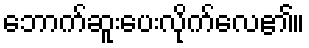
ဘောက်ဆူးပေးလိုက်လေ၏။